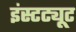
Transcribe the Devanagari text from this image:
इंस्‍टट्यूट